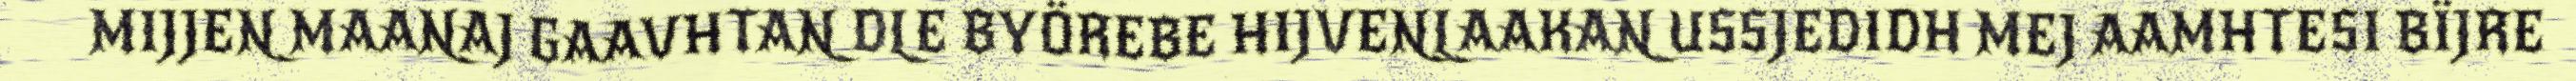
MIJJEN MAANAJ GAAVHTAN DLE BYÖREBE HIJVENLAAKAN USSJEDIDH MEJ AAMHTESI BÏJRE